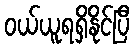
ဝယ်ယူရရှိနိုင်ပြီ